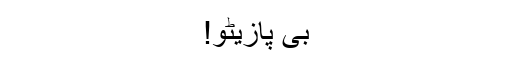
بی پازیٹو!